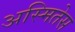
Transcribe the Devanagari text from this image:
अस्मितेस